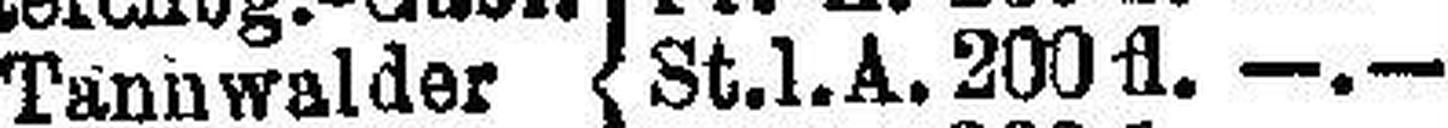
Tannwalder St. l. A. 200 fl. —.—